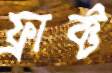
ফ্রাক্ট